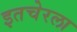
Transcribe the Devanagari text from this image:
इतचेरला